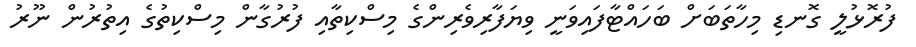
ފުރޮޅުލީ ގޮނޑި މިހާތަބަށް ބަހައްޓާފައިވަނީ ވިޔަފާރިވެރިންގެ މިސްކިތާއި ފުރުގާން މިސްކިތުގެ އިތުރުން ނޫރު